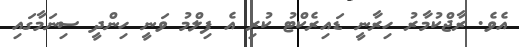
އެވެ. ރާޖްކުމާރު ހިރާނީ ޑައިރެކްޓު ކުރި އެ ފިލްމު ވަނީ ހިންދީ ސިނަމާގައި